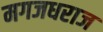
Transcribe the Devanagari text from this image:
मगजधराज